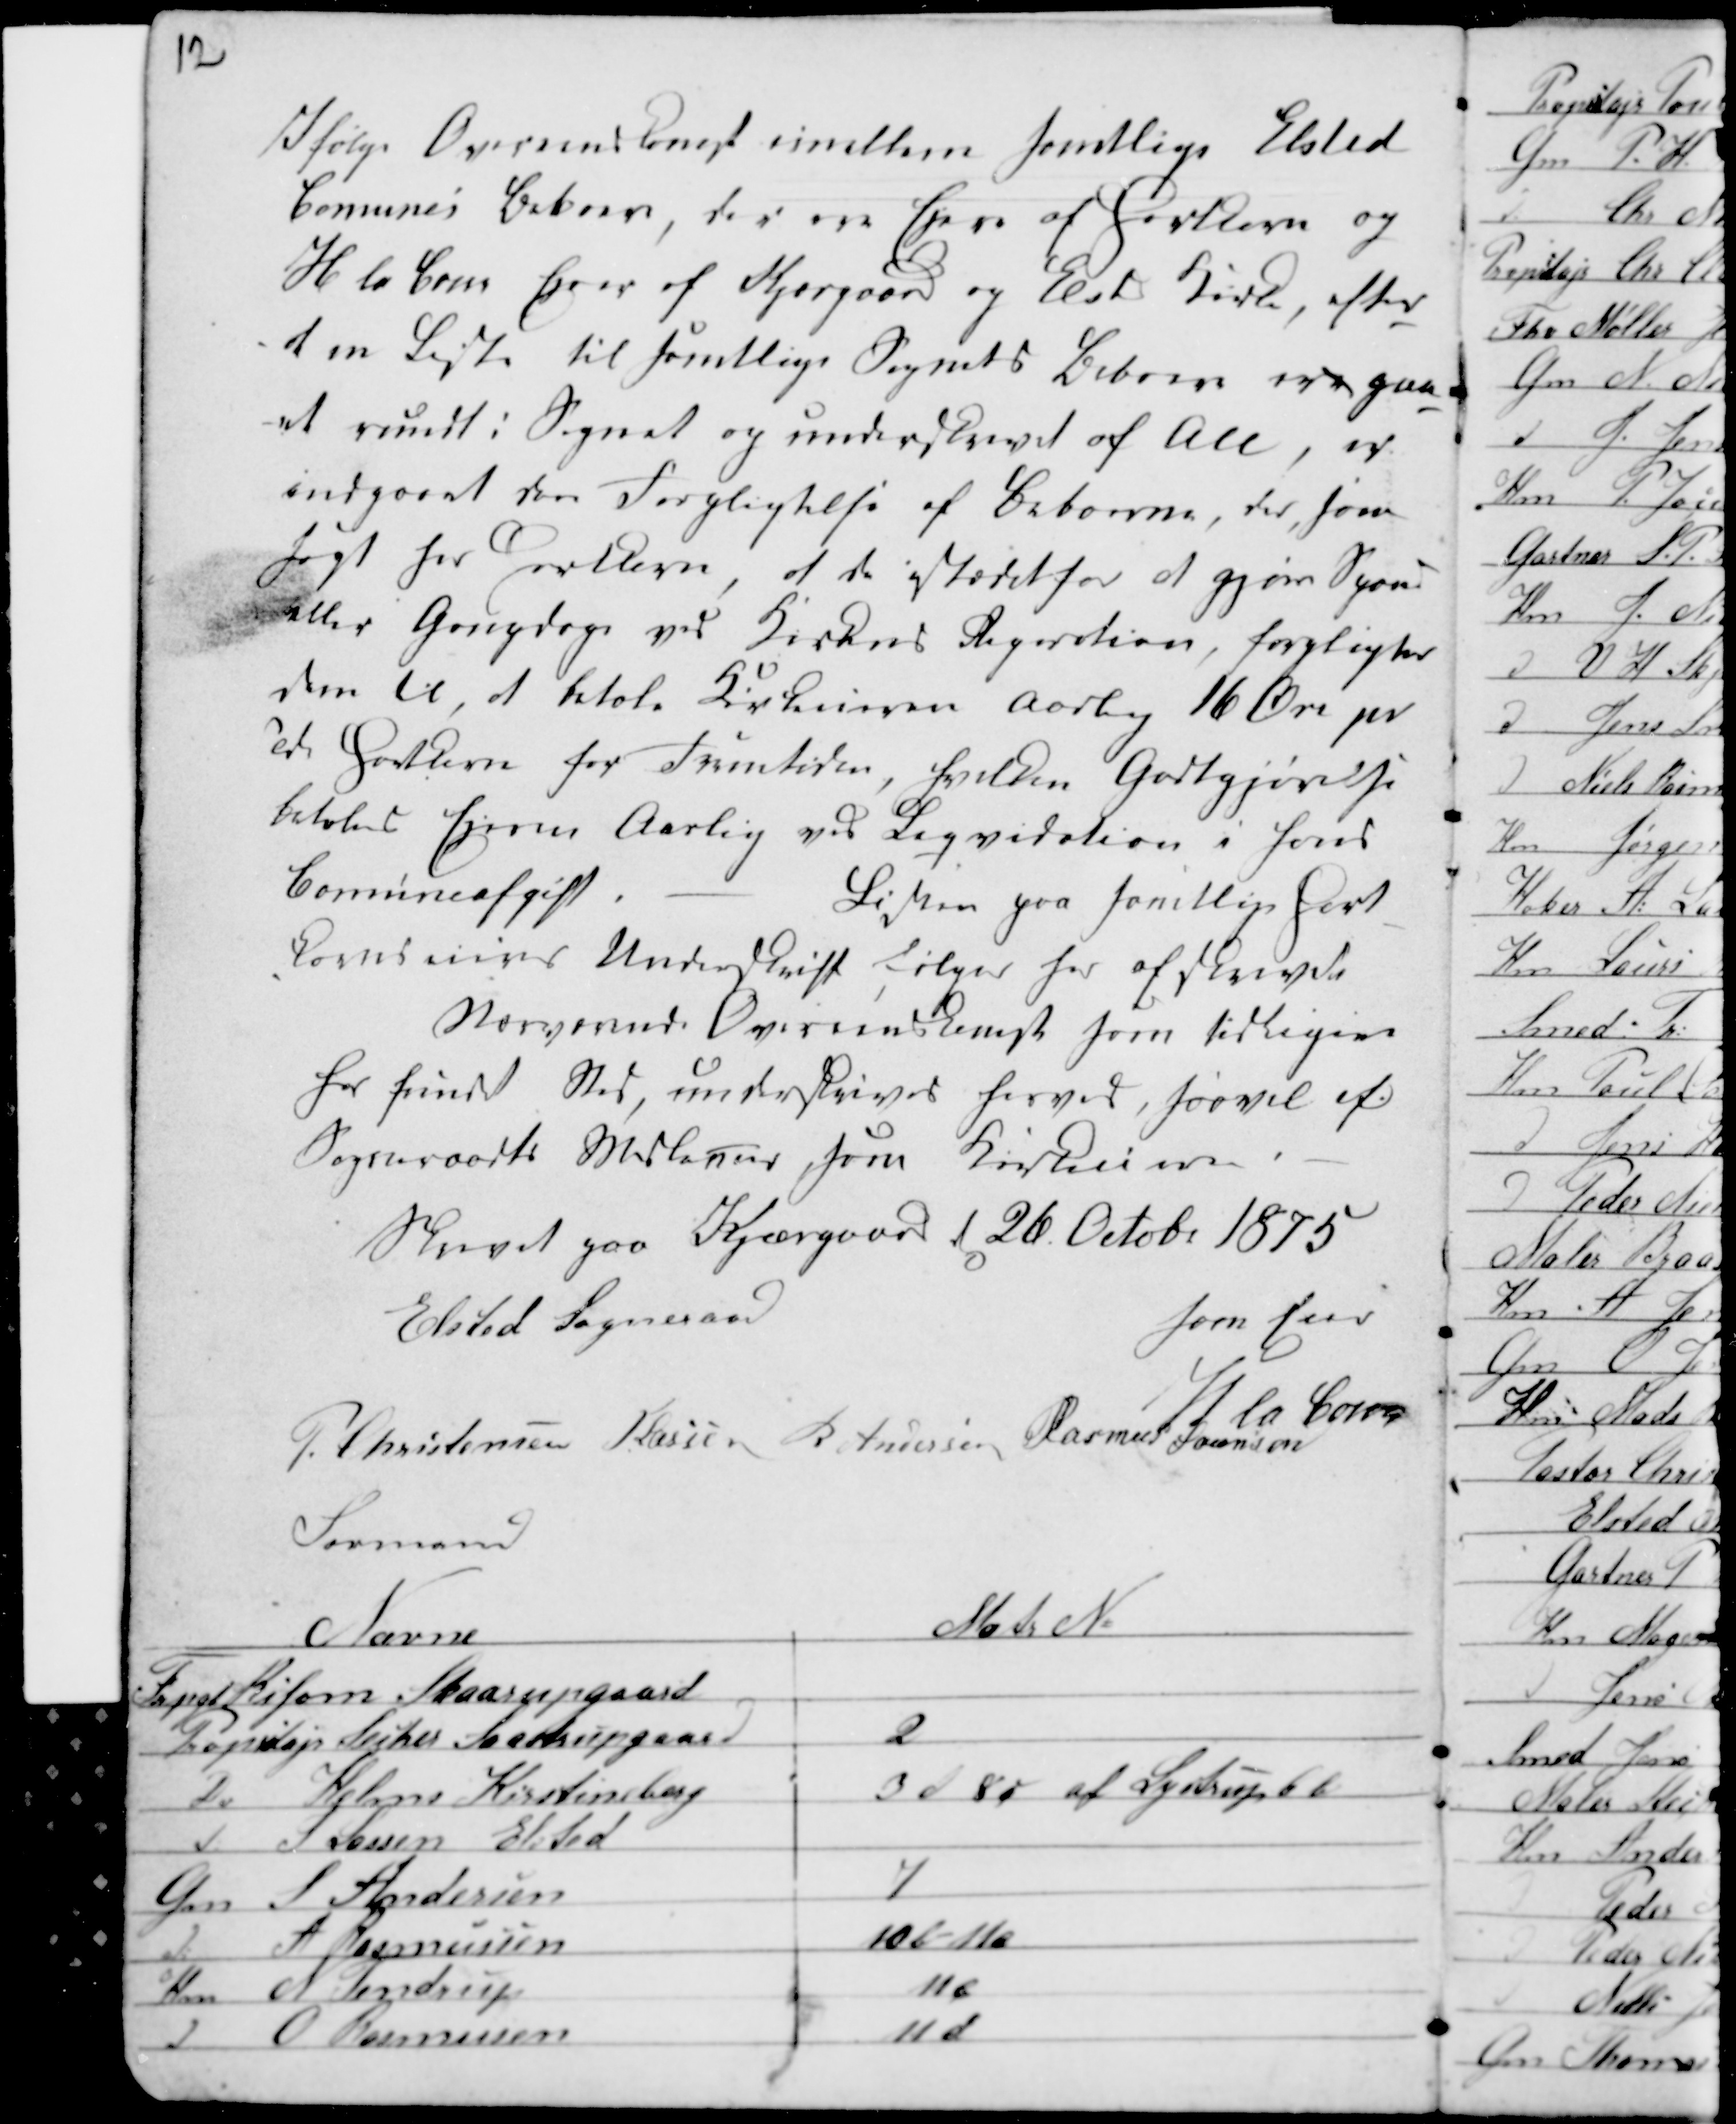
Transskription:
12

Ifølge Overenskomst imellem samtlige Elsted
Comunes beboere, der ere Ejere af Jordene og
H la Cour Ejer af Kjærgaard og Elsted Jorde efter
at en Liste til samtlige Sognets Beboere var gaa-
et rundt i Sognet og underskrevet af Ale, er
indgaaet den Forpligtelse af Beboerne, der som
..... for Jorden, at de istedetfor at gjøre Sp...
eller Gon..... ved Jordens .....tion forpligter
dem til, at betale ...... aarlig 16 Øre pr
Td Jorde for Fremtiden, ...... Godtgjørelse
betales Ejerne Aarlig ved L....vidation i ....
Comuneafgift - Listen paa samtlige Jord-
........ Underskrift følger for af ....
N.............. Overenskomst som tidligere
for kyndt Ved underskrives hermed, saavel af
Sogneraadets Medlemmer som Jordeierne . -
Skrevet paa Kjærgaard d 26 Octobr 1875
som Eier
H La Cour
Elsted Sogneraad
P. Christensen
Formand
H Lassen R Andersen Rasmus Sørensen